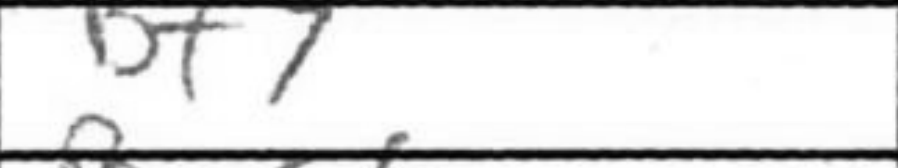
Transcription: Bf7